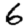
Digit: 6